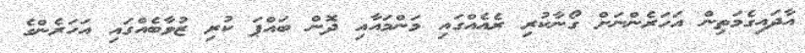
އާދައިގެމަތިން އަހަރެންނަށް ގޯނާކުރި ރެއެއްގައި މަންމައާއި ދޮން ބައްޕަ ކުރި ޒުވާބެއްގައި އަހަރެންގެ